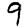
Digit: 9